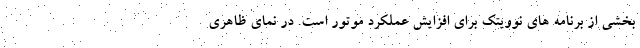
بخشی از برنامه های نوویتک برای افزایش عملکرد موتور است. در نمای ظاهری